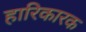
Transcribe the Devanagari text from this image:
हारिकारक